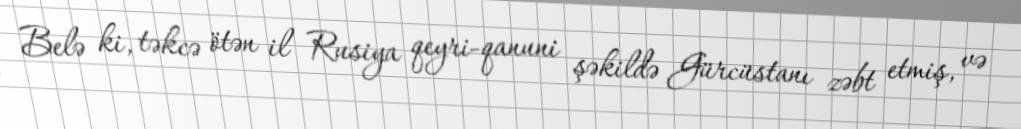
Belə ki, təkcə ötən il Rusiya qeyri-qanuni şəkildə Gürcüstanı zəbt etmiş, və